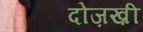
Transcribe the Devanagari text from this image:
दोज़ख़ी